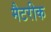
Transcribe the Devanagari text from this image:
मैटरीक